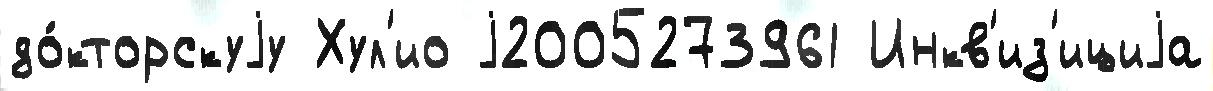
до́кторскуjу Хул'ио j2005273961 Инкв'из'ициjа